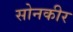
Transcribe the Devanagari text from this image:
सोनकीर